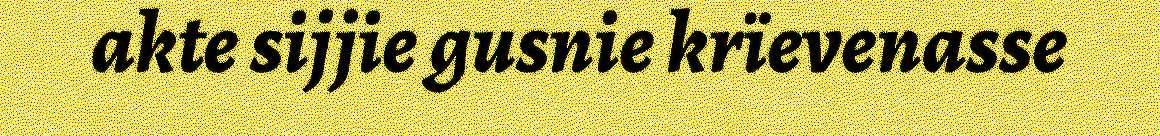
akte sijjie gusnie krïevenasse